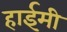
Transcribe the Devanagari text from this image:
हाईमी